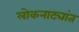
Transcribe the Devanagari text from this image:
लोकनाट्यांत